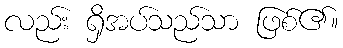
လည်း ရှိအပ်သည်သာ ဖြစ်၏။